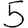
Digit: 5